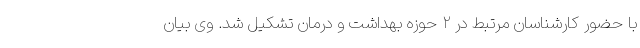
با حضور کارشناسان مرتبط در ۲ حوزه بهداشت و درمان تشکیل شد. وی بیان